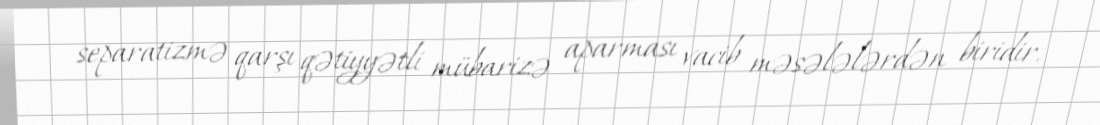
separatizmə qarşı qətiyyətli mübarizə aparması vacib məsələlərdən biridir.